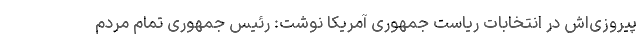
پیروزی‌اش در انتخابات ریاست جمهوری آمریکا نوشت: رئیس جمهوری تمام مردم